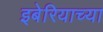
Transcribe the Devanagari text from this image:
इबेरियाच्या